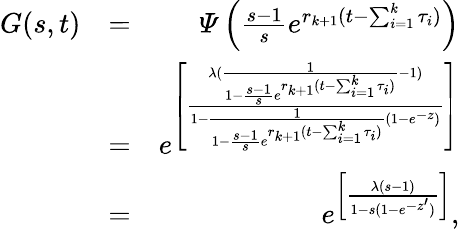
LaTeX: \begin{array}{rlr}{G(s,t)}&{=}&{\varPsi\left(\frac{s-1}{s}e^{r_{k+1}(t-\sum_{i=1}^{k}\tau_{i})}\right)}\\ &{=}&{e^{\left[\frac{\lambda(\frac{1}{1-\frac{s-1}{s}e^{r_{k+1}(t-\sum_{i=1}^{k}\tau_{i})}}-1)}{1-\frac{1}{1-\frac{s-1}{s}e^{r_{k+1}(t-\sum_{i=1}^{k}\tau_{i})}}(1-e^{-z})}\right]}}\\ &{=}&{e^{\left[\frac{\lambda(s-1)}{1-s(1-e^{-z^{\prime}})}\right]},}\end{array}